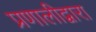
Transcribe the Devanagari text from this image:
प्रणालीद्वारा